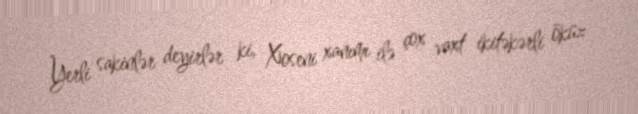
Yerli sakinlər deyirlər ki, Xoseni xanımı ilə çox vaxt ikitəkərli öküz